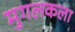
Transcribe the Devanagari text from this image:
मुगलकला